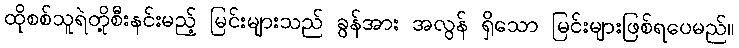
ထိုစစ်သူရဲတို့စီးနင်းမည့် မြင်းများသည် ခွန်အား အလွန် ရှိသော မြင်းများဖြစ်ရပေမည်။